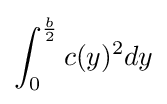
\int _{0}^{\frac {b}{2}}c(y)^{2}dy